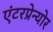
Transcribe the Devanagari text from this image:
एंटरप्रेन्योर